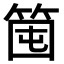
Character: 𥭒